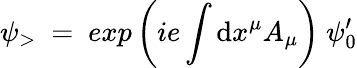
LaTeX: \psi_{>}~=~exp\left(ie\int\mathrm{d}x^{\mu}A_{\mu}\right)~\psi_{0}^{\prime}